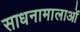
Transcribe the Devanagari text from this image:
साधनामालाओं